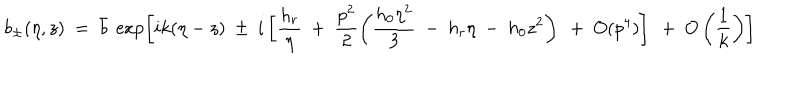
b _ { \pm } ( \eta , z ) ~ = ~ \bar { b } ~ \exp \left[ i k ( \eta - z ) ~ \pm ~ i \left[ \frac { h _ { r } } \eta ~ + ~ \frac { p ^ { 2 } } { 2 } \left( \frac { h _ { 0 } \eta ^ { 2 } } { 3 } ~ - ~ h _ { r } \eta ~ - ~ h _ { 0 } z ^ { 2 } \right) ~ + ~ O ( p ^ { 4 } ) \right] ~ + ~ O \left( \frac 1 k \right) \right]